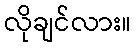
လိုချင်လား။